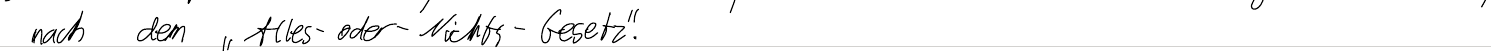
nach dem "Alles-oder-Nichts-Gesetz".